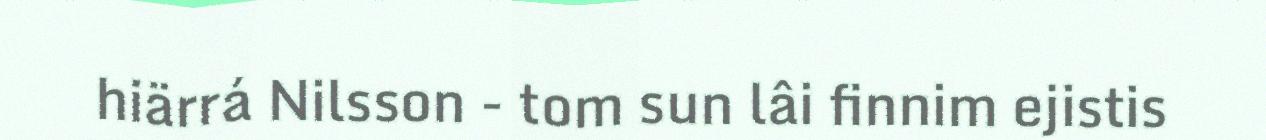
hiärrá Nilsson - tom sun lâi finnim ejistis